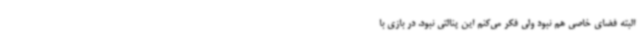
البته فضای خاصی هم نبود ولی فکر می‌کنم این پنالتی نبود. در بازی با